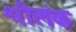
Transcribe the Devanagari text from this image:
श्रीलंक